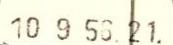
10 9 56 21.